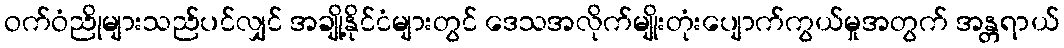
ဝက်ဝံညိုများသည်ပင်လျှင် အချို့နိုင်ငံများတွင် ဒေသအလိုက်မျိုးတုံးပျောက်ကွယ်မှုအတွက် အန္တရာယ်